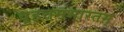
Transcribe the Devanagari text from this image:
वृहत्तमभारतम्